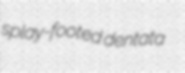
splay-footed dentata